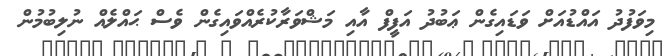
މިވަފުދު އައްޑުއަށް ވަޑައިގެން ޢަބުދު އަފީފް އާއި މަޝްވަރާކުރެއްވައިގެން ވެސް ޙައްލެއް ނުލިބުމުން